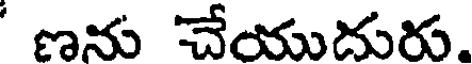
ణను చేయుదురు.